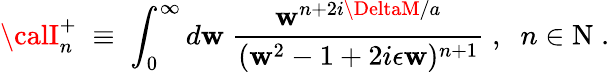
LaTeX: {\calI}_{n}^{+}\; \equiv\; \int_{0}^{\infty}d\mathbf{w}\; \frac{{\mathbf{w}^{n+2i\DeltaM/a}}}{{(\mathbf{w}^{2}-1+2i\epsilon\mathbf{w})^{n+1}}}\; ,\; \; n\in\mathrm{{N}}\; .